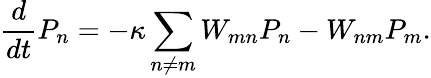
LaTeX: \frac{d}{dt}P_{n}=-\kappa\sum_{n\neq m}W_{mn}P_{n}-W_{nm}P_{m}.